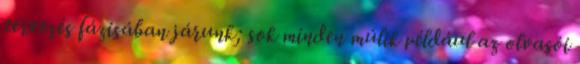
tervezés fázisában járunk; sok minden múlik például az olvasói